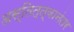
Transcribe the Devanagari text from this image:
अस्तित्त्वानंतर